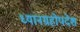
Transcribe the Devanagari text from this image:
ध्यानग्रहोपदेश